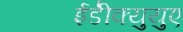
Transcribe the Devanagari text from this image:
ईडी॑क्युयुए